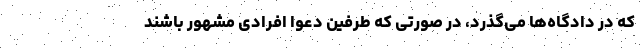
که در دادگاه‌ها می‌گذرد، در صورتی که طرفین دعوا افرادی مشهور باشند